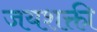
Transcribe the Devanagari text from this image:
जयशक्ती